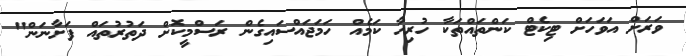
ވަރަށް އަވަހަށް ޓިކެޓް ކަންތައްތަކާ ހުރިހާ ކަމެއް ހަމަޖައްސައިގެން ރަސްމީކޮށް ދަތުރުތައް ފަށާނަން"